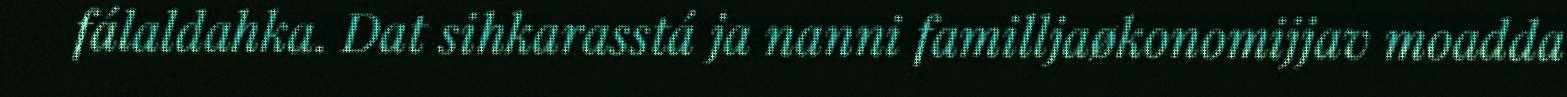
fálaldahka. Dat sihkarasstá ja nanni familljaøkonomijjav moadda